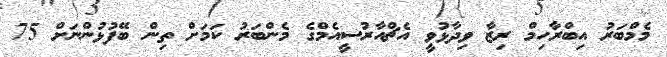
މެމްބަރު އިބްރާހިމް ރިޒާ ވިދާޅުވީ އެޗްއާރުސީއެމްގެ މެންބަރު ކަމަށް ތިން ބޭފުޅުންނަށް 75